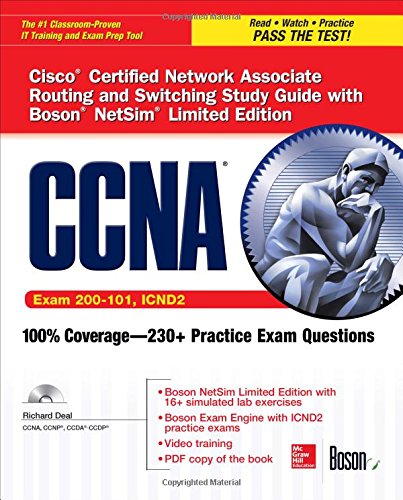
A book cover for CCNA Routing and Switching ICND2 Study Guide (Exam 200-101, ICND2), with Boson NetSim Limited Edition (Certification Press); Richard Deal; Computers & Technology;